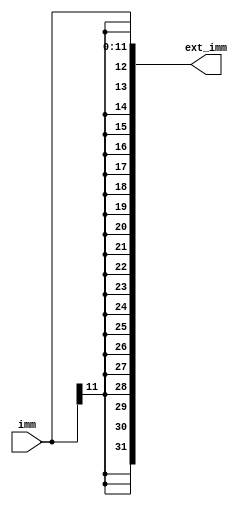
module sign_ext(
    input [11:0]imm,

    output [31:0]ext_imm
);

/*
*   Problem 4 (solved):
*   Describe sign extension logic.
*/
   assign ext_imm = {{20{imm[11]}}, imm};

endmodule